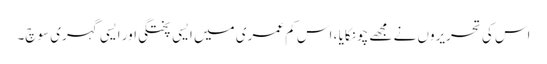
اس کی تحریروں نے مجھے چونکایا ، اس کم عمری میں ایسی پختگی اور ایسی گہری سوچ۔